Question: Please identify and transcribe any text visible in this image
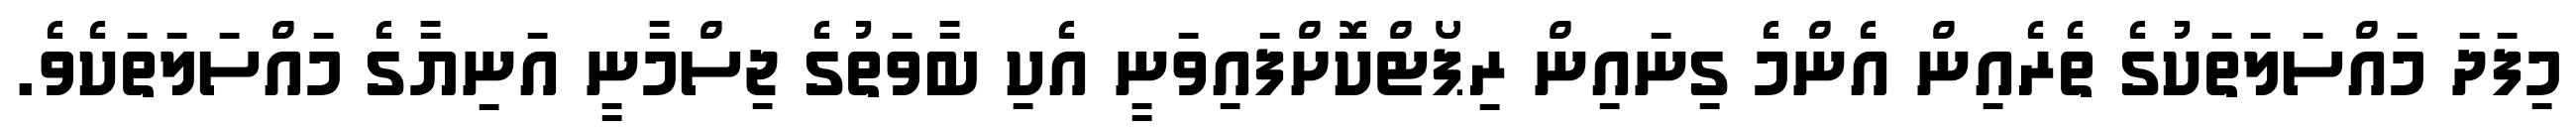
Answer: މިފަދަ މައްސަލަތަކުގެ ތެރެއިން އެންމެ ގިނައިން ރިޕޯޓްކޮށްފައިވަނީ އެކި ބާވަތުގެ ޖިސްމާނީ އަނިޔާގެ މައްސަލަތަކެވެ.